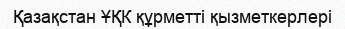
Қазақстан ҰҚК құрметті қызметкерлері